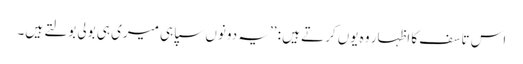
اس تاسف کا اظہار وہ یوں کرتے ہیں : ’’یہ دونوں سپاہی میری ہی بولی بولتے ہیں۔